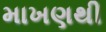
માખણથી